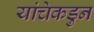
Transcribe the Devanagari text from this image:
यांचेकडुन